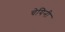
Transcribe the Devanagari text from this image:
चेयिनी